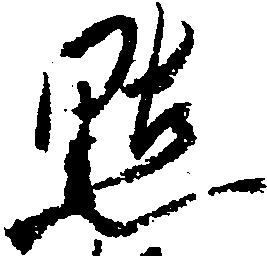
点